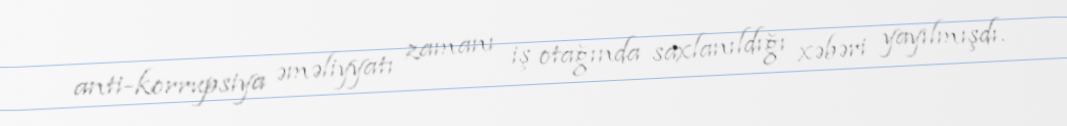
anti-korrupsiya əməliyyatı zamanı iş otağında saxlanıldığı xəbəri yayılmışdı.